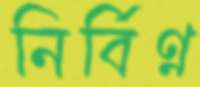
নির্বিণ্ণ